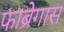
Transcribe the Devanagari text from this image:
फाब्रेगास